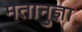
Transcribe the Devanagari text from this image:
मतानुज्ञा